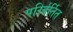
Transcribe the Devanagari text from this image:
परिर्वर्तित